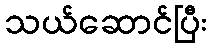
သယ်ဆောင်ပြီး